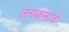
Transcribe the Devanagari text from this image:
लगक्रमाचे